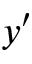
y ^ { \prime }